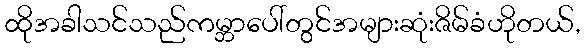
ထိုအခါသင်သည်ကမ္ဘာပေါ်တွင်အများဆုံးဇိမ်ခံဟိုတယ်,